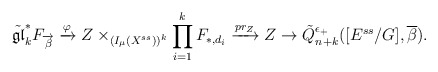
\begin{align*}\tilde{\mathfrak{gl}}^*_kF_{\overrightarrow{\beta}}\xrightarrow{\varphi}Z\times_{(I_{\mu}(X^{ss}))^k}\prod_{i=1}^kF_{*,d_i}\xrightarrow{pr_Z}Z\rightarrow\tilde{Q}^{\epsilon_{+}}_{n+k}([E^{ss}/G],\overline{\beta}).\end{align*}